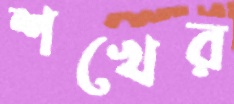
শখের